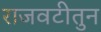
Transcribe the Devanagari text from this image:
राजवटीतुन